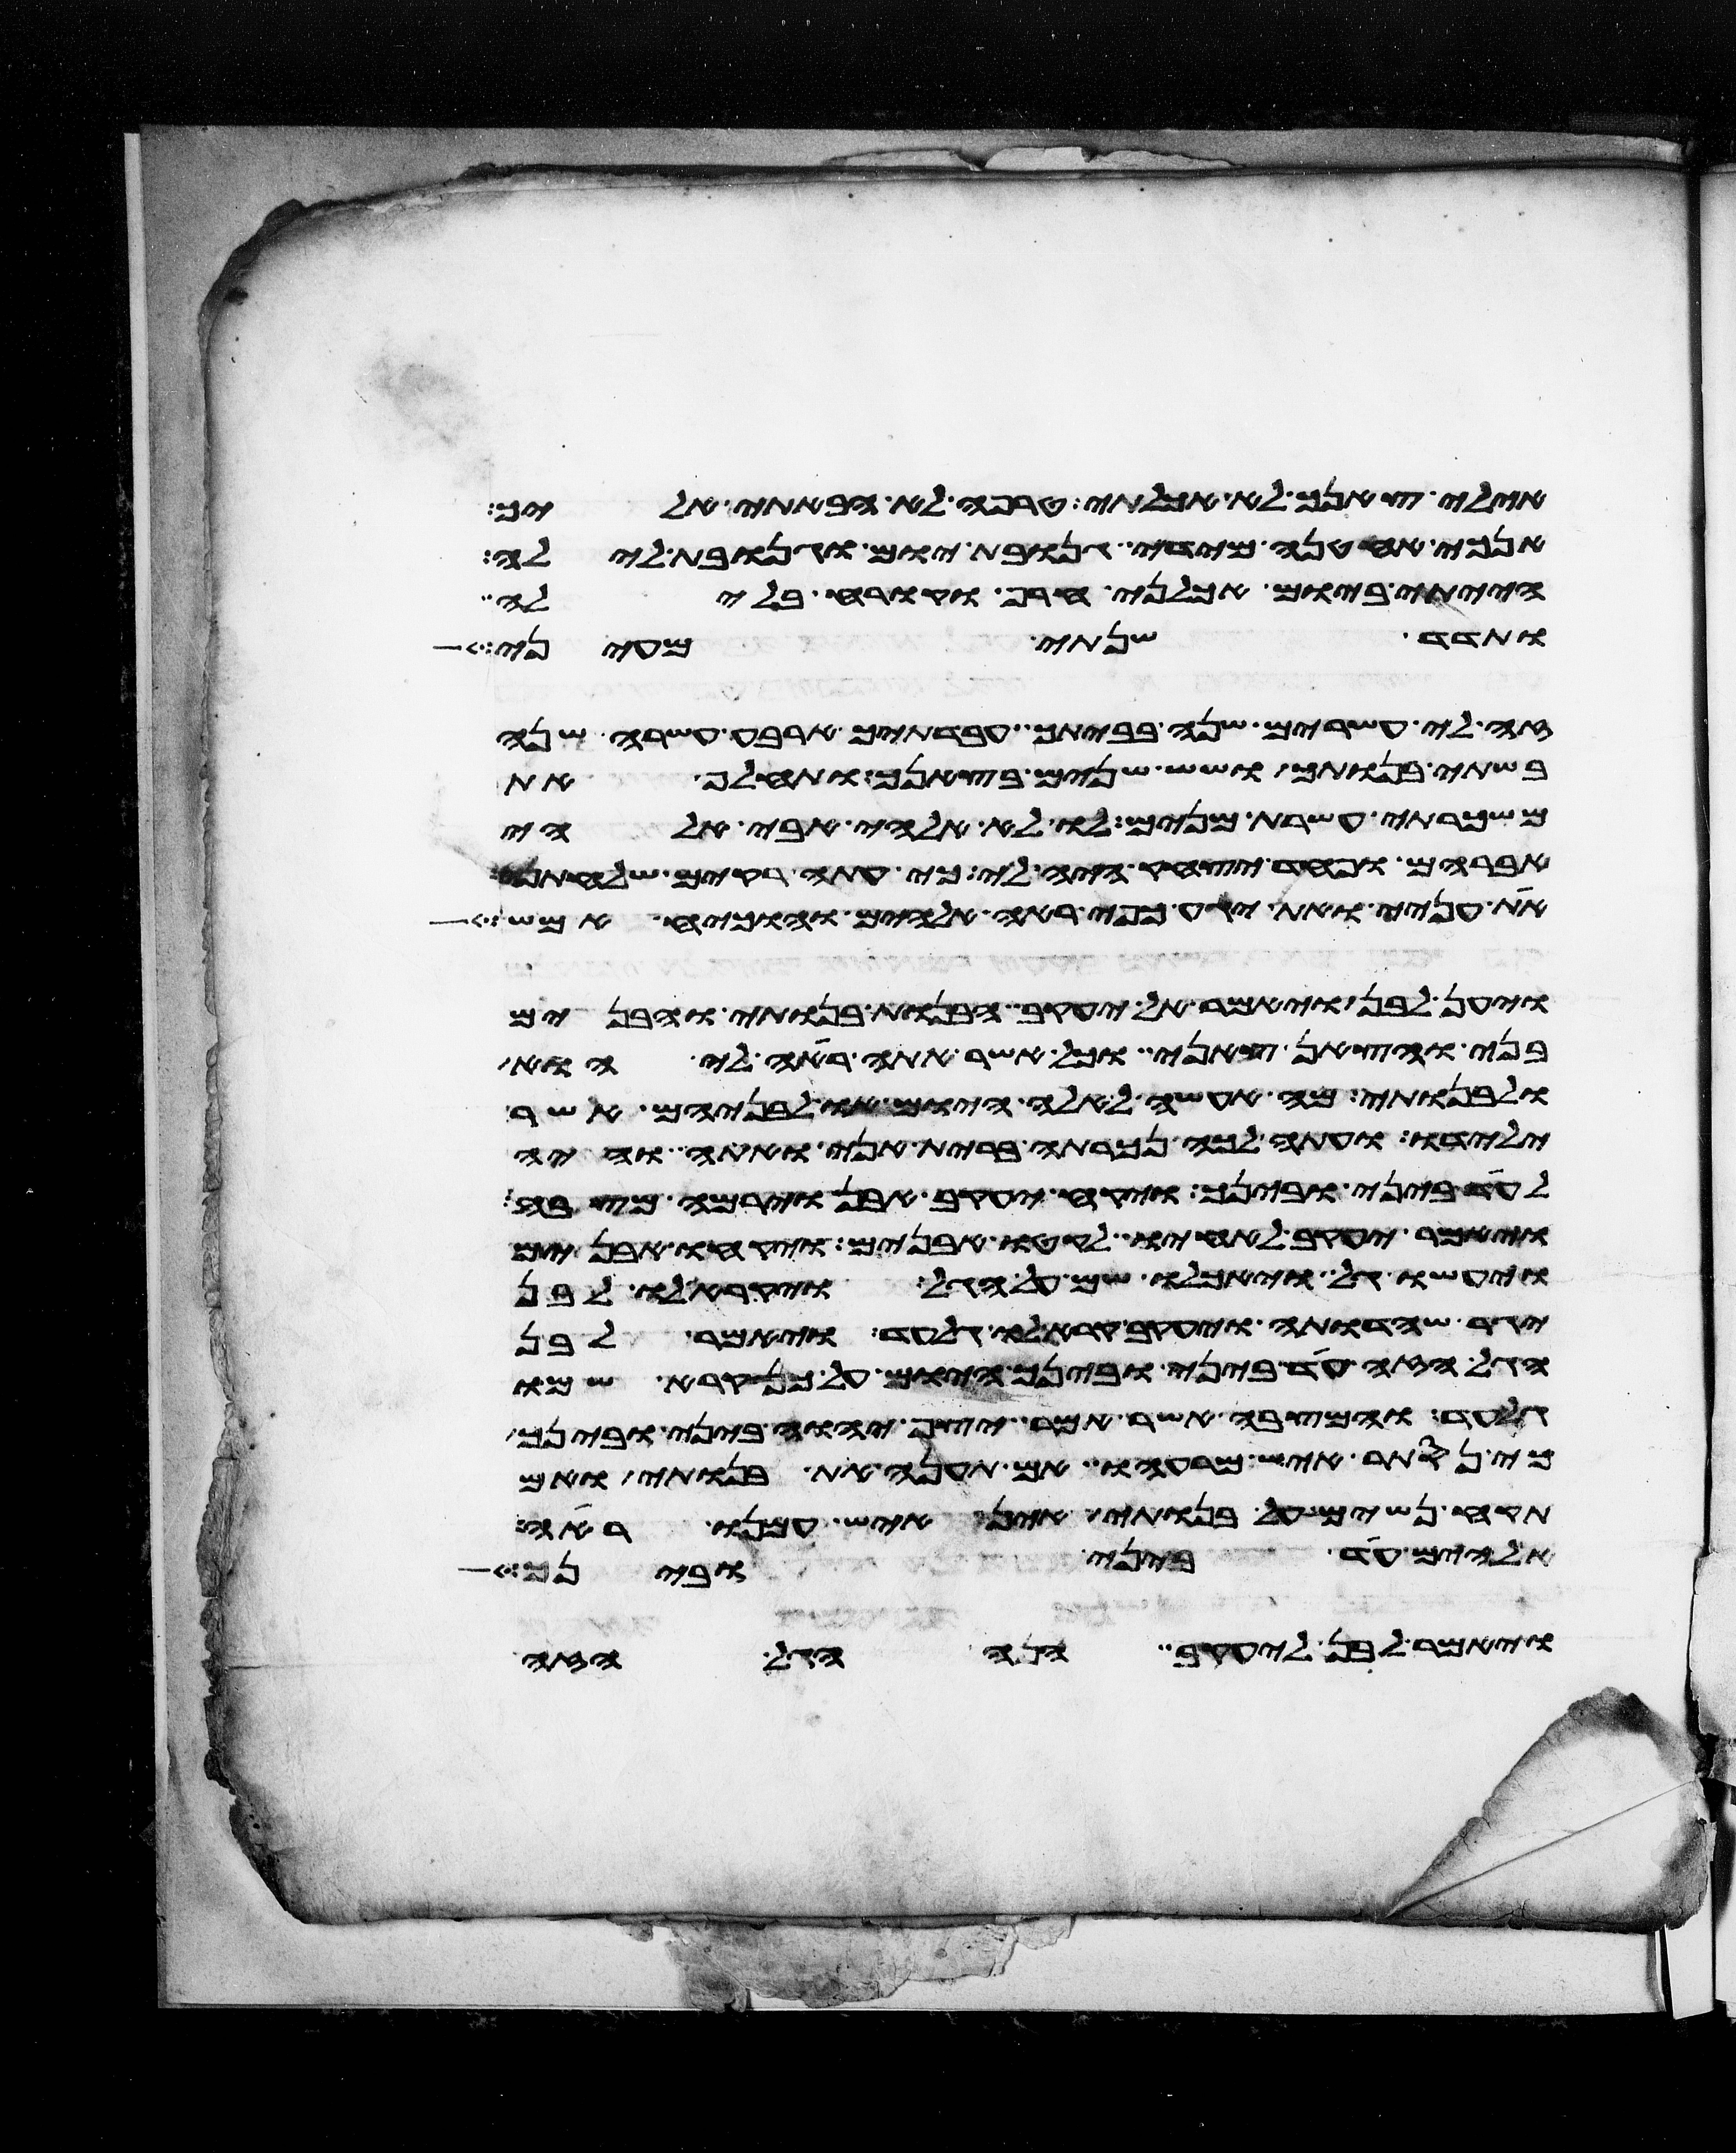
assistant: אילי צאנך לא אכלתי טרפה לא הבאתי אליך
אנכי אחטנה מידי גנובת יום וגנובת לילה
הייתי ביום אכלני חרף וקרח בלילה
ותדד שנתי מעיני
זה לי עשרים שנה בביתך עבדתיך ארבע עשרה שנה
בשתי בנותך ושש שנים בצאנך ותחלף את
משכרתי עשרת מנים לו לא אלהי אבי אלהי
אברהם ופחד יצחק היה לי כי עתה ריקם שלחתני
את עניי ואת יגע כפי ראה אלהים והוכיח אמש
ויען לבן ויאמר אל יעקב הבנות בנותי והבנים
בני והצאן צאני וכל אשר אתה ראה לי הוא
ולבנותי מה אעשה לאלה היום או לבניהם אשר
ילדו ועתה לכה נכרתה ברית אני ואתה והיה
לעד ביני ובינך ויקח יעקב אבן וירמה מצבה
ויאמר יעקב לאחיו לקטו אבנים ויקחו אבנים
ויעשו גל ויאכלו שם על הגל ויקרא לו לבן
יגר שהדותה ויעקב קרא לו גל עד ויאמר לבן
הגל הזה עד ביני ובינך היום על כן קרא שמו
עד והמצבה אשר אמר יצף יהוה ביני ובינך
כי נסתר איש מרעהו אם תענה את בנותי ואם
תקח נשים על בנותי אין איש עמנו ראה
אלהים עד ביני ובינך
ויאמר לבן ליעקב הנה הגל הזה